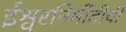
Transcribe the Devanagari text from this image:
ईश्वरनिर्मीतीची